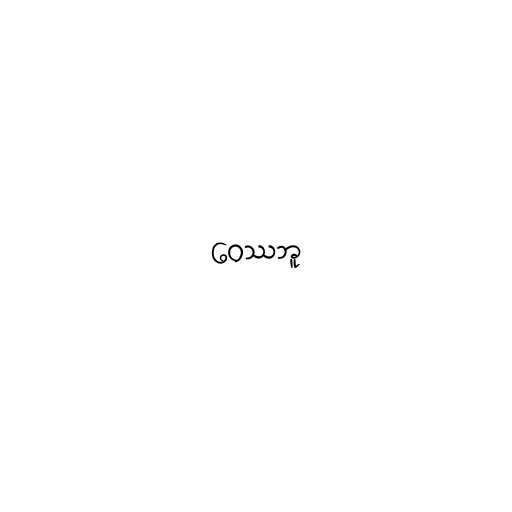
ဝေဿဘူ